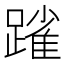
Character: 𨄤